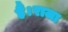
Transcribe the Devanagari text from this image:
हैं।राजा